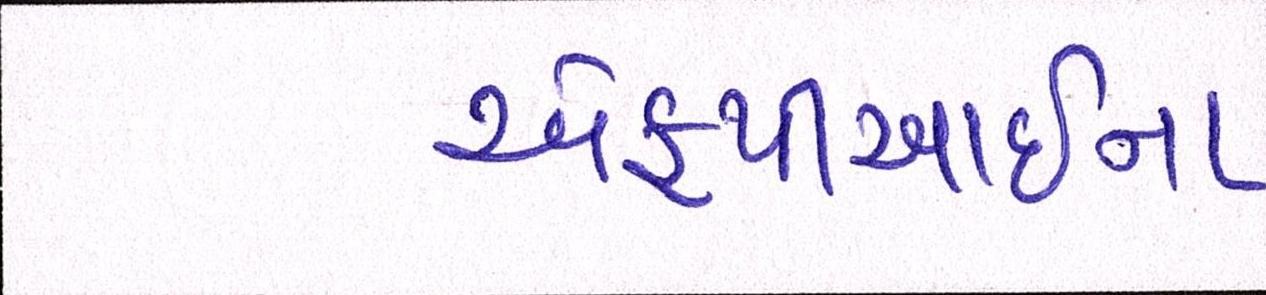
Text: એફપીઆઇના